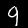
Label: 9